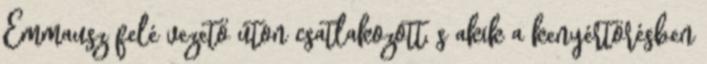
Emmausz felé vezető úton csatlakozott, s akik a kenyértörésben